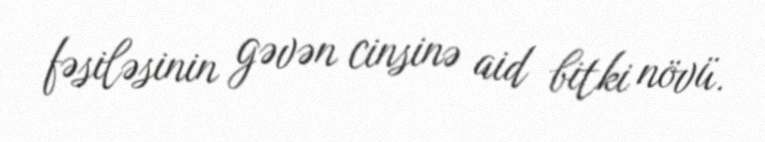
fəsiləsinin gəvən cinsinə aid bitki növü.